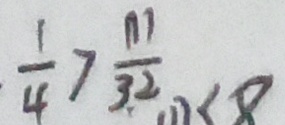
\frac { 1 } { 4 } > \frac { m } { 3 2 } \textcircled { 1 } < 8